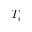
T _ { e }